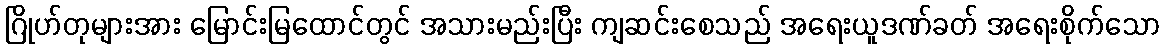
ဂြိုဟ်တုများအား မြောင်းမြထောင်တွင် အသားမည်းပြီး ကျဆင်းစေသည် အရေးယူဒဏ်ခတ် အရေးစိုက်သော